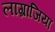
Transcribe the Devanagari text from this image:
लाग्रांजिया